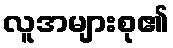
လူအများစု၏